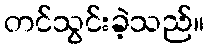
တင်သွင်းခဲ့သည်။